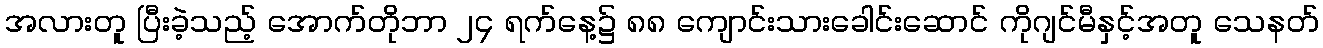
အလားတူ ပြီးခဲ့သည့် အောက်တိုဘာ ၂၄ ရက်နေ့၌ ၈၈ ကျောင်းသားခေါင်းဆောင် ကိုဂျင်မီနှင့်အတူ သေနတ်